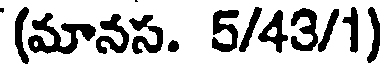
(మానస. 5/43/1)